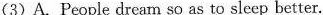
(3)A.People dream so as to sleep better.